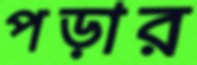
পড়ার